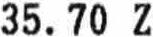
35.70 Z